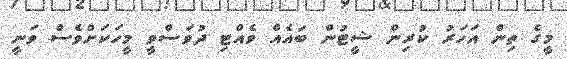
މީގެ ތިން އަހަރު ކުރިން ޝީޓުން ބައެއް ވެއްޓި ދުވަސްވީ މީހަކަށްވެސް ވަނީ